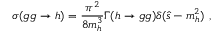
\sigma ( g g \to h ) = \frac { \pi ^ { 2 } } { 8 m _ { h } ^ { 3 } } \Gamma ( h \to g g ) \delta ( \hat { s } - m _ { h } ^ { 2 } ) ~ ,